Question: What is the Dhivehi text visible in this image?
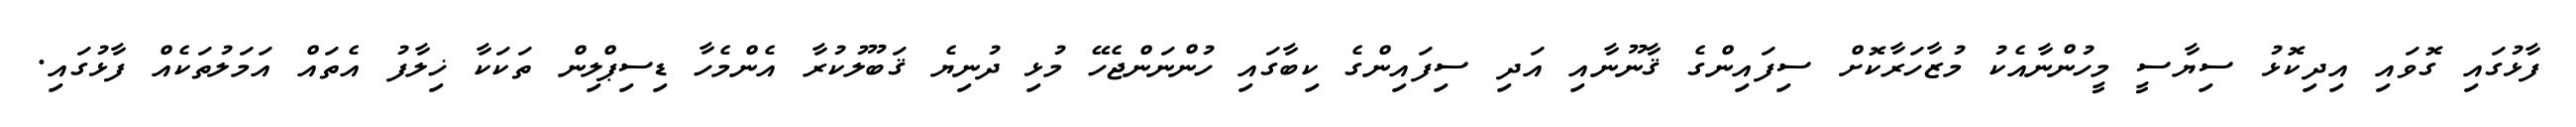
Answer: ފާޅުގައި ގޮވައި އިދިކޮޅު ސިޔާސީ މީހުންނާއެކު މުޒާހަރާކޮށް ސިފައިންގެ ޤާނޫނާއި އަދި ސިފައިންގެ ކިބާގައި ހުންނަންޖެހޭ މުޅި ދުނިޔެ ޤަބޫލުކުރާ އެންމެހާ ޑިސިޕްލިން ތަކަކާ ޚިލާފު އެތައް އަމަލުތަކެއް ފާޅުގައި.